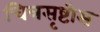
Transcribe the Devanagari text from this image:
चित्रसृष्टीस